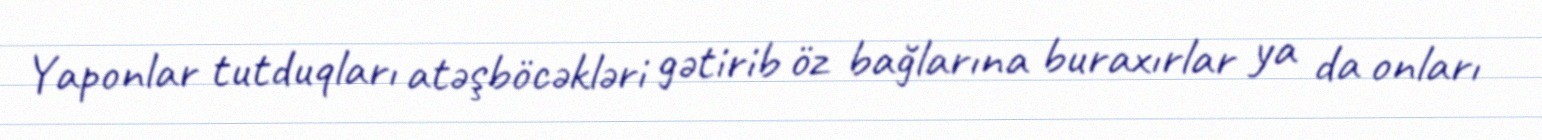
Yaponlar tutduqları atəşböcəkləri gətirib öz bağlarına buraxırlar ya da onları